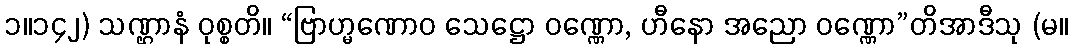
၁။၁၄၂) သဏ္ဌာနံ ဝုစ္စတိ။ “ဗြာဟ္မဏောဝ သေဋ္ဌော ဝဏ္ဏော, ဟီနော အညော ဝဏ္ဏော”တိအာဒီသု (မ။